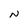
Character: N